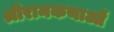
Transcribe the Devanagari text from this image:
श्रीरामकथाओं